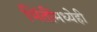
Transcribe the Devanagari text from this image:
भिंतींमध्येही